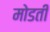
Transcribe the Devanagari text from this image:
मोडती